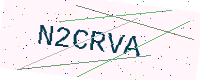
Text: N2CRVA